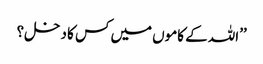
’’اللہ کے کاموں میں کس کا دخل؟